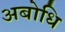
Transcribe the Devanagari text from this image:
अबोधि